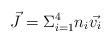
LaTeX: \begin{align*}\vec{J}= \Sigma^{4}_{i=1}n_{i}\vec{v_{i}}\end{align*}